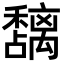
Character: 𮃵